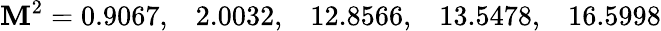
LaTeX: \mathbf{M}^{2}=0.9067,\; \; \; 2.0032,\; \; \; 12.8566,\; \; \; 13.5478,\; \; \; 16.5998